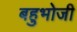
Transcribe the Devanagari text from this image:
बहुभोजी